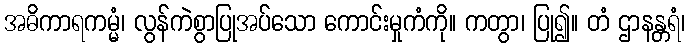
အဓိကာရကမ္မံ၊ လွန်ကဲစွာပြုအပ်သော ကောင်းမှုကံကို။ ကတွာ၊ ပြု၍။ တံ ဌာနန္တရံ၊